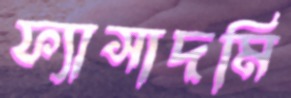
ফ্যাসাদমি